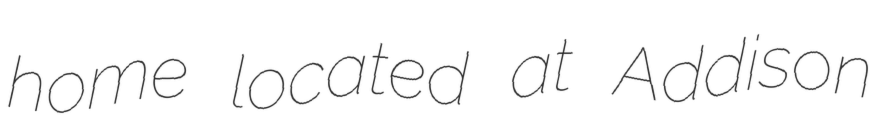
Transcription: home located at Addison